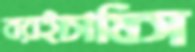
বরইচাষিস